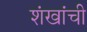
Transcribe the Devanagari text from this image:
शंखांची